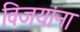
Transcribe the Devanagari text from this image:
विजयांना